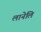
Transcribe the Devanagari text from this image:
लानेलि